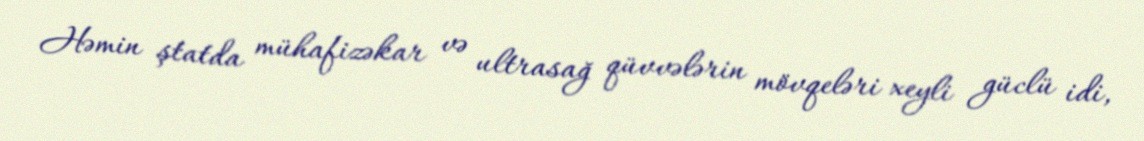
Həmin ştatda mühafizəkar və ultrasağ qüvvələrin mövqeləri xeyli güclü idi,